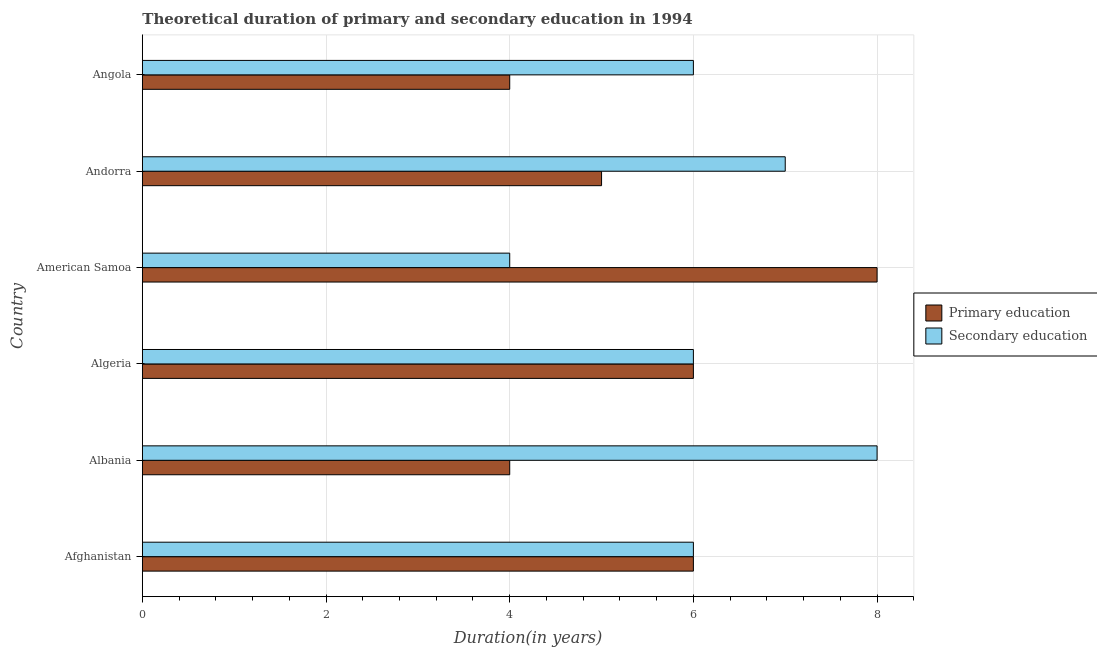
| Country | Primary education | Secondary education |
 | --- | --- | --- |
 | Afghanistan | 6 | 6 |
 | Albania | 4 | 8 |
 | Algeria | 6 | 6 |
 | American Samoa | 8 | 4 |
 | Andorra | 5 | 7 |
 | Angola | 4 | 6 |